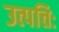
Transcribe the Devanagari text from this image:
उत्पत्तिः